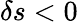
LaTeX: \delta s<0